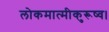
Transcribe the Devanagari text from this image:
लोकमात्मीकुरूष्व।